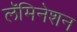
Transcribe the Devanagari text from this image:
लॅमिनेशन